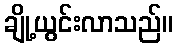
ချို့ယွင်းလာသည်။